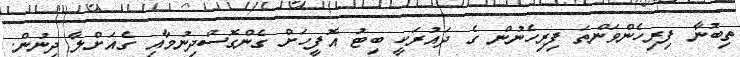
ތިބުނާ ފިރިހެންވަންތަ ފިރިހެނުން ގެ ދައުރަކީ ބިޓު އޮފީހަށް ގެންގޮސްދިނުމާއި ގެއަށްލާ ދިނުން.